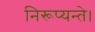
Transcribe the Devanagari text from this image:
निरूप्यन्ते।